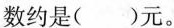
数约是（ ）元。